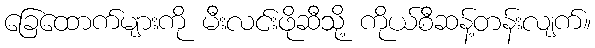
ခြေထောက်များကို မီးလင်းဖိုဆီသို့ ကိုယ်စီဆန့်တန်းလျက်။